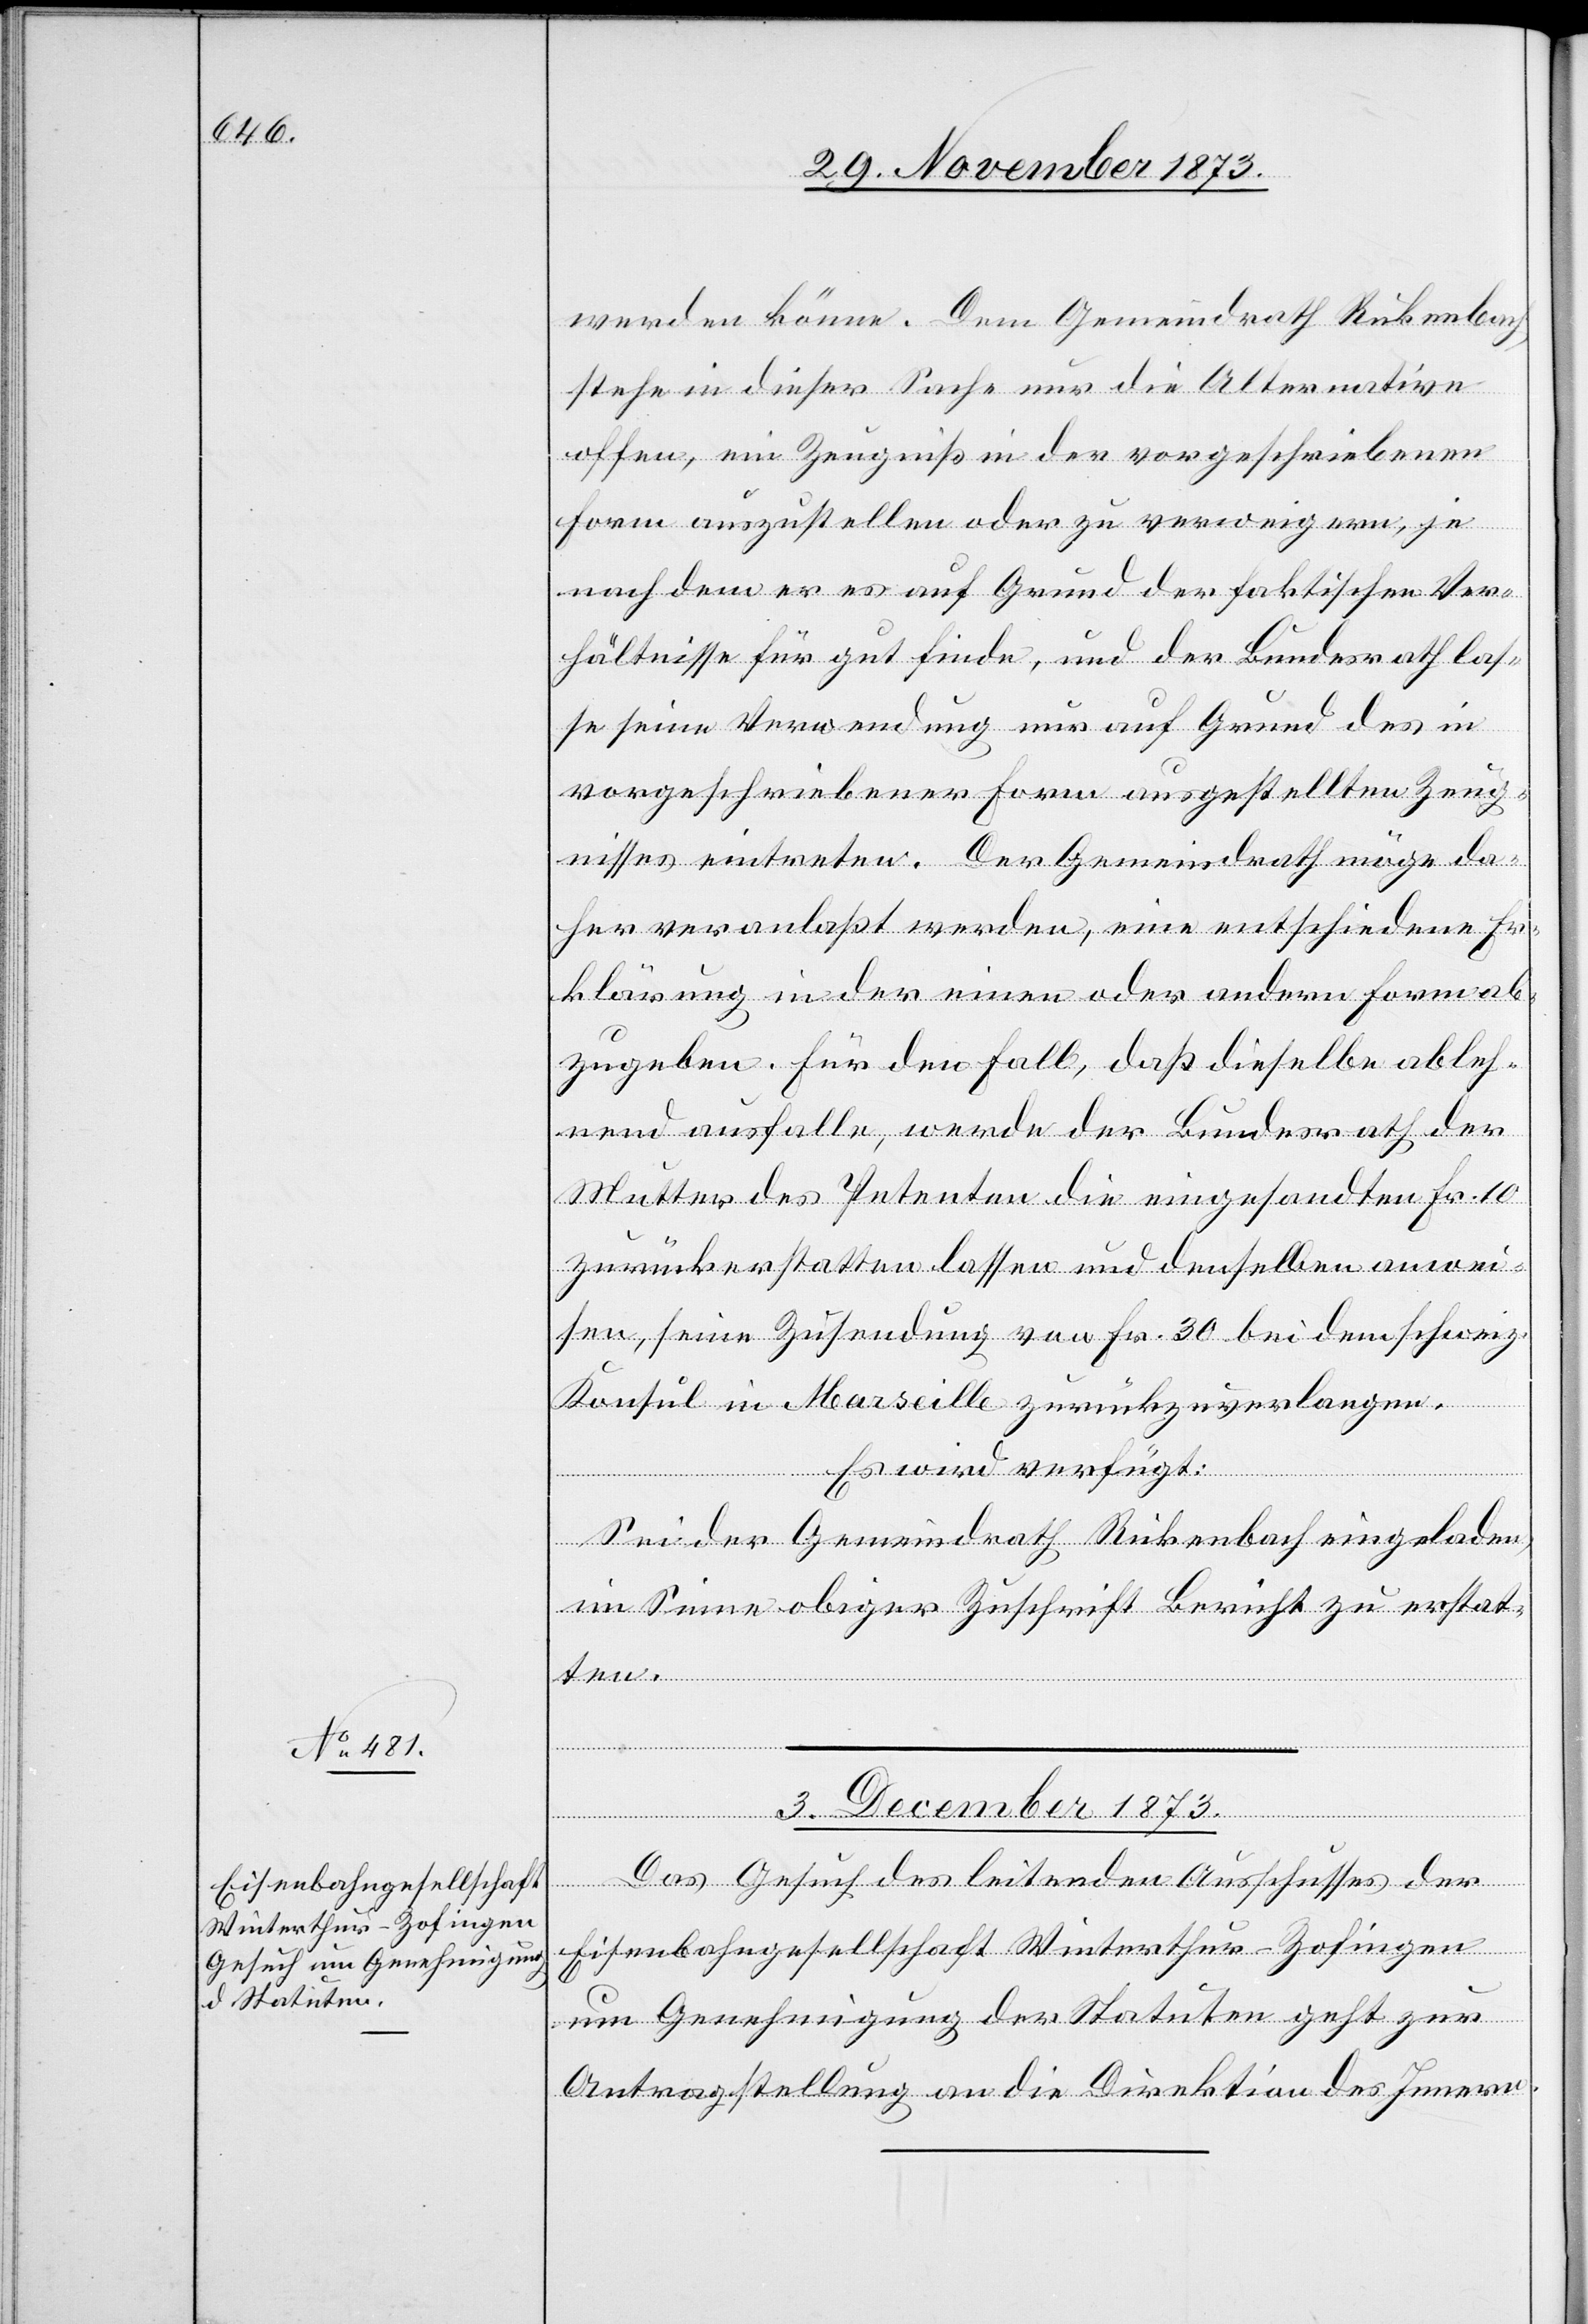
werden könne. Dem Gemeindrath Rickenbach
stehe in dieser Sache nur die Alternative
offen, ein Zeugniß in der vorgeschriebenen
Form auszustellen oder zu verweigern, je
nach dem er es auf Grund der faktischen Ver¬
hältnisse für gut finde, und der Bundesrath las¬
se seine Verwendung nur auf Grund des in
vorgeschriebener Form ausgestellten Zeug¬
nisses eintreten. Der Gemeindrath möge da¬
her veranlaßt werden, eine entschiedene Er¬
klärung in der einen oder andern Form ab¬
zugeben. Für den Fall, daß dieselbe ableh¬
nend ausfalle, werde der Bundesrath der
Mutter des Petenten die eingesandten Fr. 10
zurückerstatten lassen und denselben anwei¬
sen, seine Zusendung von Fr. 30 bei dem schweiz.
Konsul in Marseille zurückzuverlangen.
Es wird verfügt:
Sei der Gemeindrath Rickenbach eingeladen,
im Sinne obiger Zuschrift Bericht zu erstat¬
3. December 1873.
ten.
Das Gesuch des leitenden Ausschusses der
Eisenbahngesellschaft
Winterthur–Zofingen
um Genehmigung der Statuten geht zur
Antragstellung an die Direktion des Innern.